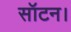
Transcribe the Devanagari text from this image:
सॉटन।